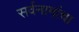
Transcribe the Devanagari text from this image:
सर्वनामांचा